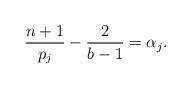
LaTeX: \begin{align*} \frac{n+1}{p_j} - \frac{2}{b-1} = \alpha_j. \end{align*}